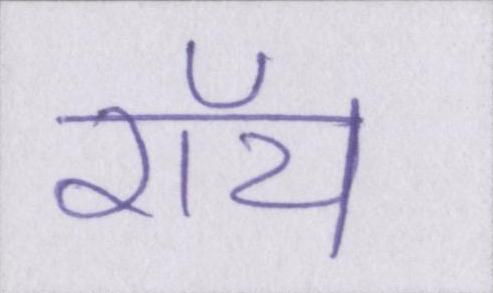
रॉय